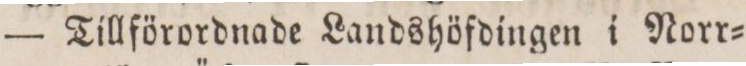
— Till förordnade Landshöfdingen i Norr=